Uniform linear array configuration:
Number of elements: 32
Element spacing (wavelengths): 0.75
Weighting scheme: blackman
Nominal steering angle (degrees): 45
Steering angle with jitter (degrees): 45.914
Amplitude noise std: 0.05
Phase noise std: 0.05

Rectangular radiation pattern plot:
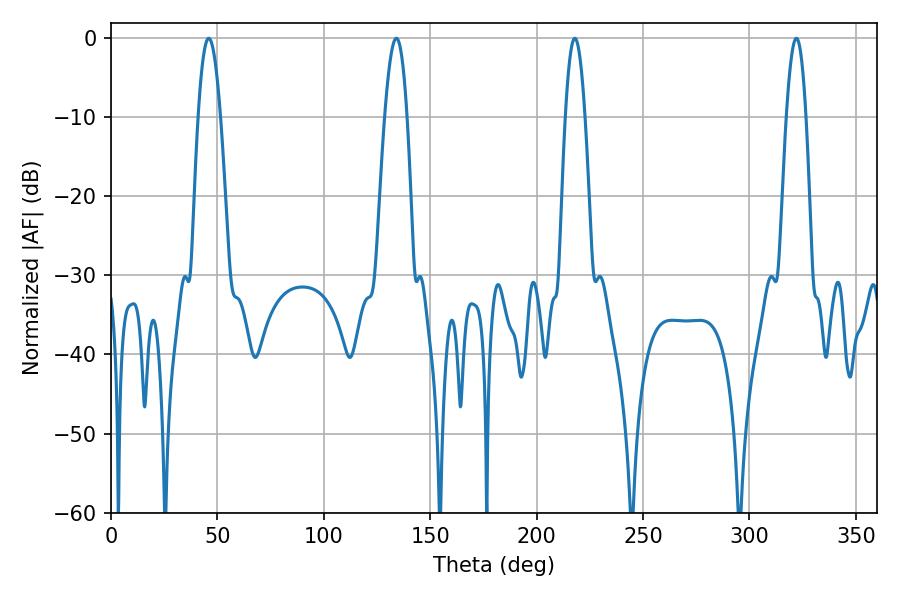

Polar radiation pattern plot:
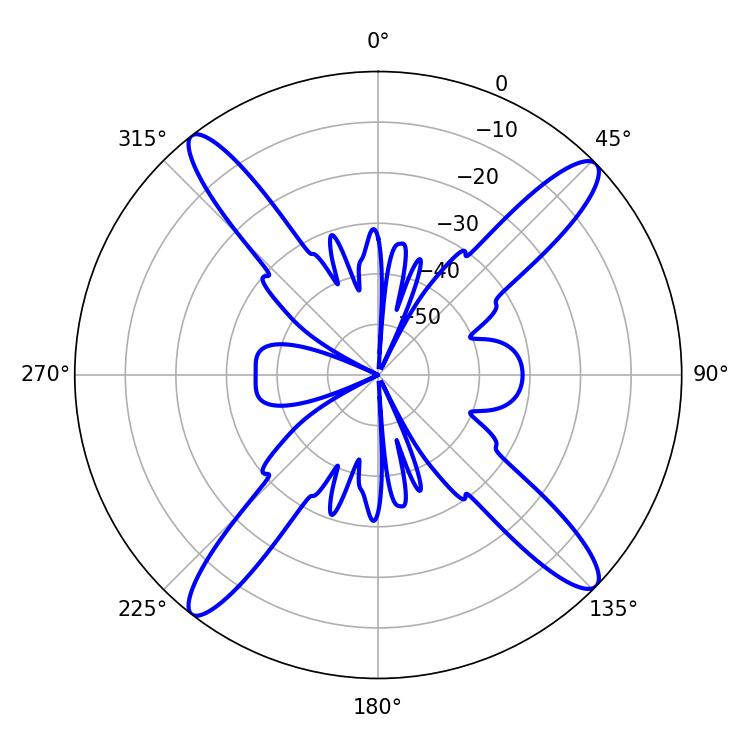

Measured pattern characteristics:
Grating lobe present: TRUE
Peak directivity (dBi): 17.119
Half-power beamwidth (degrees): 5.58
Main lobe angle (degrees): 45.9